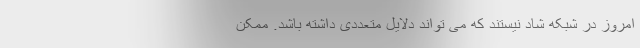
امروز در شبکه شاد نیستند که می تواند دلایل متعددی داشته باشد. ممکن